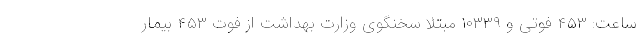
ساعت: ۴۵۳ فوتی و ۱۰۳۳۹ مبتلا سخنگوی وزارت بهداشت از فوت ۴۵۳ بیمار